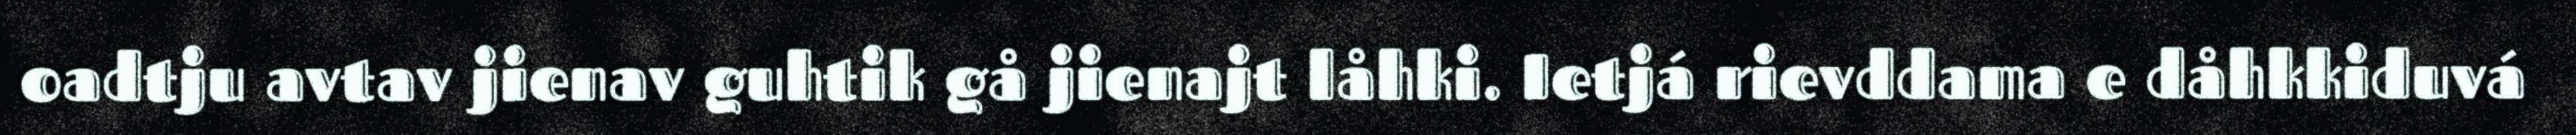
oadtju avtav jienav guhtik gå jienajt låhki. Ietjá rievddama e dåhkkiduvá